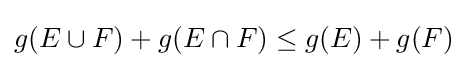
g(E\cup F)+g(E\cap F)\leq g(E)+g(F)